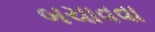
બચાવવા